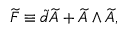
\widetilde { F } \equiv \widetilde { d } \widetilde { A } + \widetilde { A } \wedge \widetilde { A } ,